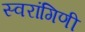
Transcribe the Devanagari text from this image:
स्वरांगिणी